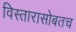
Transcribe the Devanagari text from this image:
विस्तारासोबतच